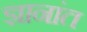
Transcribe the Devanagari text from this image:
ज्ञानांत